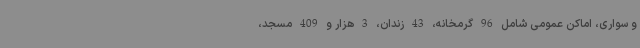
و سواری، اماکن عمومی شامل 96 گرمخانه، 43 زندان، 3 هزار و 409 مسجد،